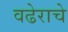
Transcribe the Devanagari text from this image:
वढेराचे